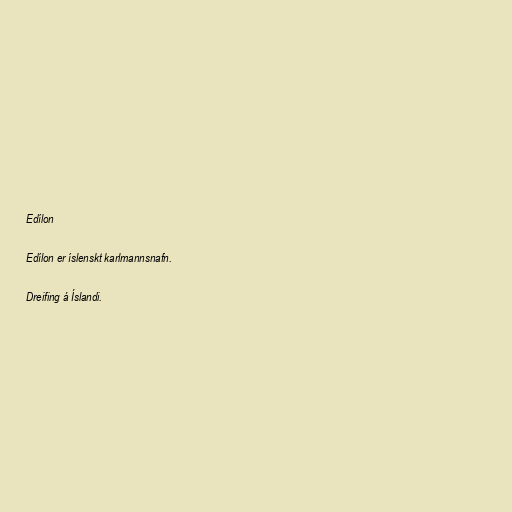
Edílon

Edílon er íslenskt karlmannsnafn.

Dreifing á Íslandi.